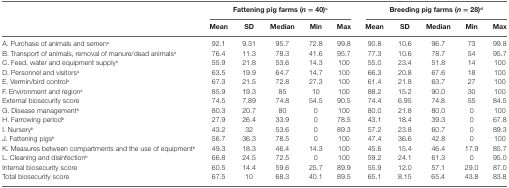
<table><thead><tr><td rowspan="2"></td><td colspan="5"><b>Fattening pig farms (<i>n</i> = 40)<sup>c</sup></b></td><td colspan="5"><b>Breeding pig farms (<i>n</i> = 28)<sup>d</sup></b></td></tr><tr><td><b>Mean</b></td><td><b>SD</b></td><td><b>Median</b></td><td><b>Min</b></td><td><b>Max</b></td><td><b>Mean</b></td><td><b>SD</b></td><td><b>Median</b></td><td><b>Min</b></td><td><b>Max</b></td></tr></thead><tbody><tr><td>A. Purchase of animals and semen<sup>a</sup></td><td>92.1</td><td>9.31</td><td>95.7</td><td>72.8</td><td>99.8</td><td>90.8</td><td>10.6</td><td>96.7</td><td>73</td><td>99.8</td></tr><tr><td>B. Transport of animals, removal of manure/dead animals<sup>a</sup></td><td>76.4</td><td>11.3</td><td>78.3</td><td>41.6</td><td>95.7</td><td>77.3</td><td>10.6</td><td>78.7</td><td>54</td><td>95.7</td></tr><tr><td>C. Feed, water and equipment supply<sup>a</sup></td><td>55.9</td><td>21.8</td><td>53.6</td><td>14.3</td><td>100</td><td>55.0</td><td>23.4</td><td>51.8</td><td>14</td><td>100</td></tr><tr><td>D. Personnel and visitors<sup>a</sup></td><td>63.5</td><td>19.9</td><td>64.7</td><td>14.7</td><td>100</td><td>66.3</td><td>20.8</td><td>67.6</td><td>18</td><td>100</td></tr><tr><td>E. Vermin/bird control<sup>a</sup></td><td>67.3</td><td>21.5</td><td>72.8</td><td>27.3</td><td>100</td><td>61.4</td><td>21.8</td><td>63.7</td><td>27</td><td>100</td></tr><tr><td>F. Environment and region<sup>a</sup></td><td>85.9</td><td>19.3</td><td>85</td><td>10</td><td>100</td><td>88.2</td><td>15.2</td><td>90.0</td><td>30</td><td>100</td></tr><tr><td>External biosecurity score</td><td>74.5</td><td>7.89</td><td>74.8</td><td>54.5</td><td>90.5</td><td>74.4</td><td>6.95</td><td>74.8</td><td>55</td><td>84.5</td></tr><tr><td>G. Disease management<sup>b</sup></td><td>80.3</td><td>20.7</td><td>80</td><td>0</td><td>100</td><td>80.0</td><td>21.8</td><td>80.0</td><td>0</td><td>100</td></tr><tr><td>H. Farrowing period<sup>b</sup></td><td>27.9</td><td>26.4</td><td>33.9</td><td>0</td><td>78.5</td><td>43.1</td><td>18.4</td><td>39.3</td><td>0</td><td>67.8</td></tr><tr><td>I. Nursery<sup>b</sup></td><td>43.2</td><td>32</td><td>53.6</td><td>0</td><td>89.3</td><td>57.2</td><td>23.8</td><td>60.7</td><td>0</td><td>89.3</td></tr><tr><td>J. Fattening pigs<sup>b</sup></td><td>56.7</td><td>36.3</td><td>78.5</td><td>0</td><td>100</td><td>47.4</td><td>36.6</td><td>42.8</td><td>0</td><td>100</td></tr><tr><td>K. Measures between compartments and the use of equipment<sup>b</sup></td><td>49.3</td><td>18.3</td><td>46.4</td><td>14.3</td><td>100</td><td>45.6</td><td>15.4</td><td>46.4</td><td>17.9</td><td>85.7</td></tr><tr><td>L. Cleaning and disinfection<sup>b</sup></td><td>66.8</td><td>24.5</td><td>72.5</td><td>0</td><td>100</td><td>59.2</td><td>24.1</td><td>61.3</td><td>0</td><td>95.0</td></tr><tr><td>Internal biosecurity score</td><td>60.5</td><td>14.4</td><td>59.6</td><td>25.7</td><td>89.9</td><td>55.9</td><td>12.0</td><td>57.1</td><td>29.0</td><td>87.0</td></tr><tr><td>Total biosecurity score</td><td>67.5</td><td>10</td><td>68.3</td><td>40.1</td><td>89.5</td><td>65.1</td><td>8.15</td><td>65.4</td><td>43.8</td><td>83.8</td></tr></tbody></table>